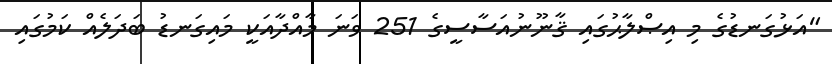
"އަޅުގަނޑުގެ މި އިޞްލާޙުގައި ޤާނޫނުއަސާސީގެ 251 ވަނަ މާއްދާއަކީ މައިގަނޑު ބަދަލެއް ކަމުގައި